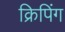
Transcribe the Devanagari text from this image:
क्रिपिंग